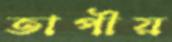
তাপীয়